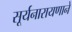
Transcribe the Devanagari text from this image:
सूर्यनारायणाने